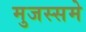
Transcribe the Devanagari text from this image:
मुजस्समे